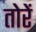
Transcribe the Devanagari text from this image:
तोरें